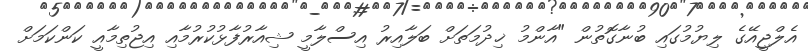
އެލްޖީއޭގެ ލިޔުމުގައި ބުނާގޮތުން "އާންމު ޚިދުމަތަށް ބަލާއިރު އިސްލާމީ ޝިއާރުފާޅުކުރުމާއި އިޖުތިމާއީ ކަންކަމަށް